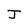
Character: J